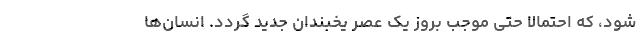
شود، که احتمالاً حتی موجب بروز یک عصر یخبندان جدید گردد. انسان‌ها